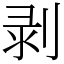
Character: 剥